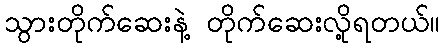
သွားတိုက်ဆေးနဲ့ တိုက်ဆေးလို့ရတယ်။